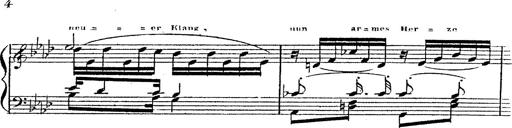
Title: 12 Lieder von Franz Schubert
Composer: Franz Liszt